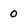
Character: 0